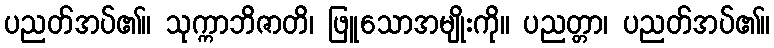
ပညတ်အပ်၏။ သုက္ကာဘိဇာတိ၊ ဖြူသောအမျိုးကို။ ပညတ္တာ၊ ပညတ်အပ်၏။